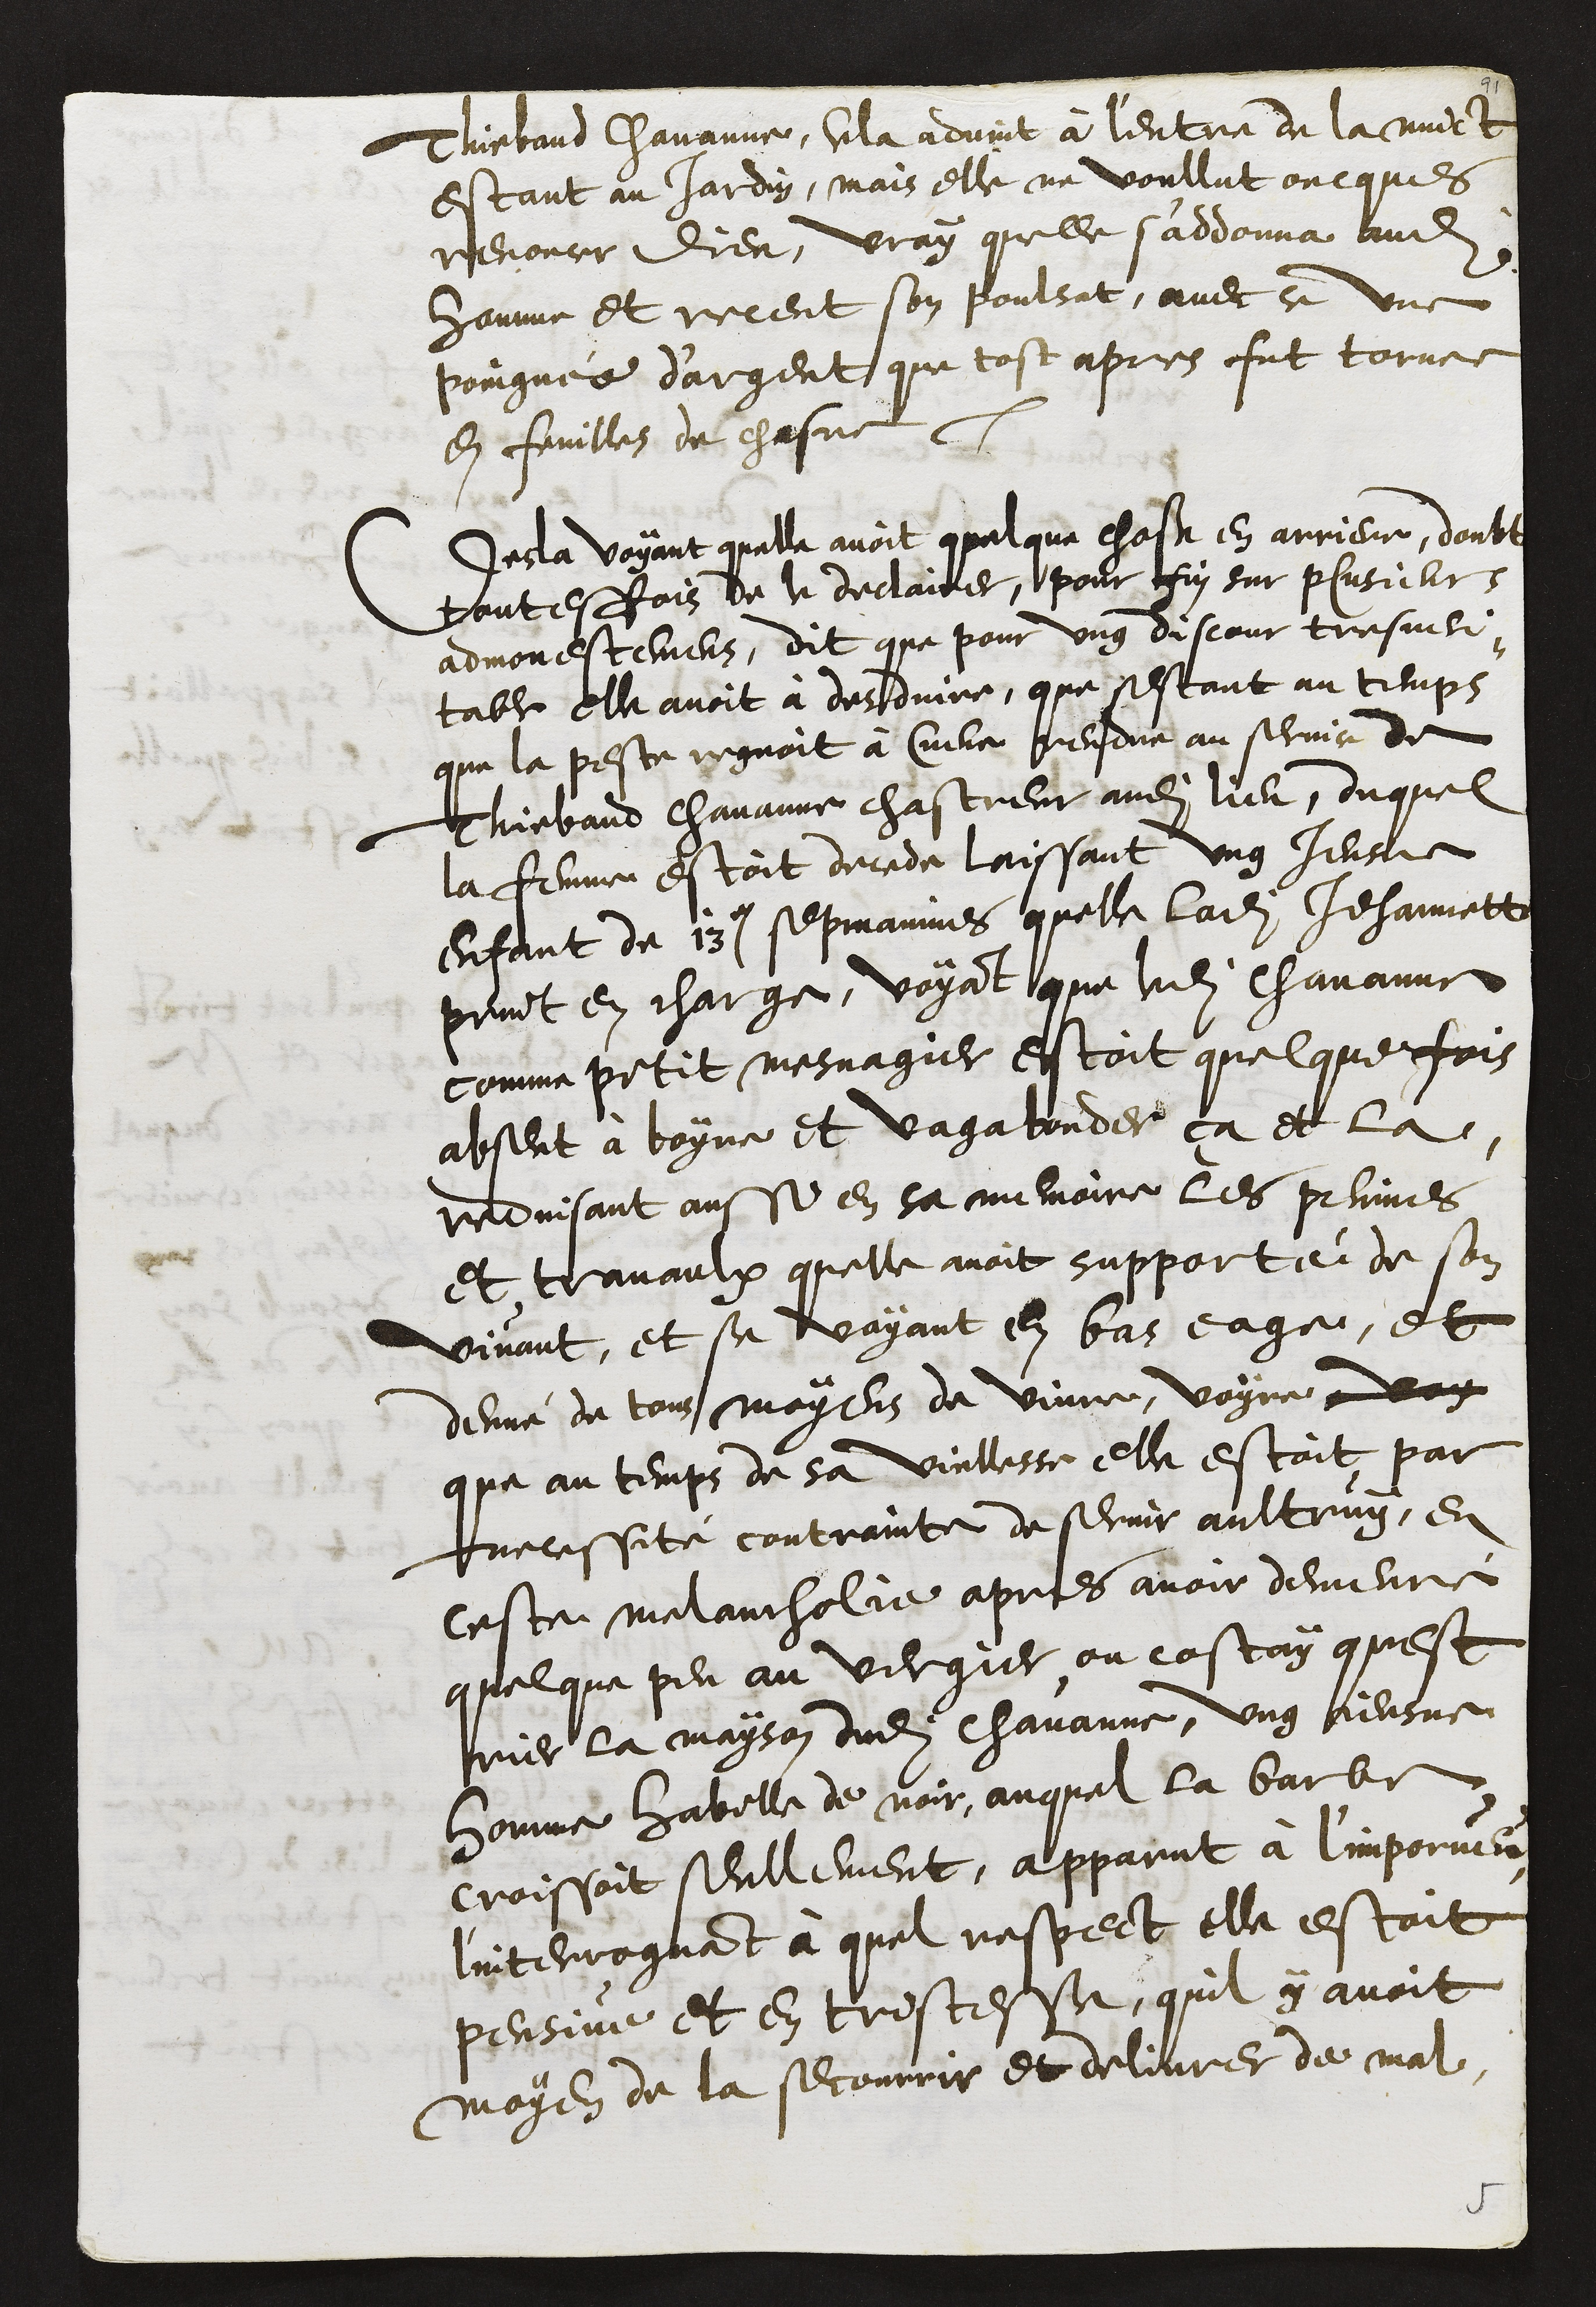
Thiebaud Chavanne, Cela advint à l'entre de la nuict
estant au Jardin, mais elle ne voullut oncques
renoncer Dieu, vray quelle s'addonna audit
homme et receut son poulsat, avec ce une
poingnée d'argent que tost apres fut tornee
en feuilles de chasne.
Desla voyant quelle avoit quelque chose en arriere, doubtant
toutesfois de le declairer, pour fin sur plusieurs
admonestemens, dit que pour ung discour tres veri¬
table elle avoit à desduire, que sestant au temps
que la peste regnoit à Cueve rendue au service de
Thiebaud chavanne chastreur audit lieu, duquel
la femme estoit decede laissant ung Jeusne
enfant de 13e sepmaines quelle ladite Jehannette
print en charge, voyant que ledit Chavanne
comme petit mesnagier estoit quelque fois
absent à boyre et vagabonder ça et la,
reduisant aussi en sa memoire les peinnes
et travaulx quelle avoit supporté de son
vivant, et se voyant en bas eage, et
denué de tous moyens de vivre, voyre voy
que au temps de sa viellesse elle estoit par
necessité contrainte de servir aultruy, en
ceste melancholie apres avoir demeuré
quelque peu au vergier ou costay quest
rier la mayson dudit chavanne, ung jeusne
homme habille de noir, auquel la barbe
croissoit seullement, apparut à l'imporveu,
l'interroguant à quel respect elle estoit
pensive et en tristesse, quil y avoit
moyen de la secourrir et delivrer de mal

5